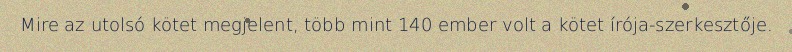
Mire az utolsó kötet megjelent, több mint 140 ember volt a kötet írója-szerkesztője.